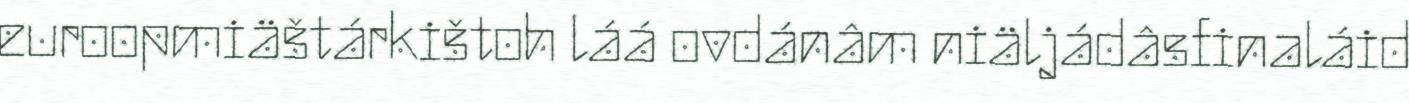
euroopmiäštárkištoh láá ovdánâm niäljádâsfinaláid